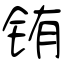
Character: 铕